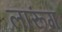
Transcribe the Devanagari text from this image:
लारूंग